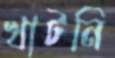
খাটনি